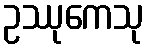
ဥဿုကေသု